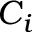
C _ { i }